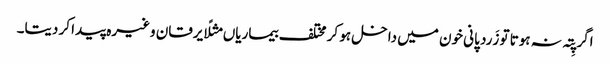
اگر پِتہ نہ ہوتا تو زَرد پانی خون میں داخل ہو کر مختلف بیماریاں مثلًا یرقان وغیرہ پیدا کر دیتا۔